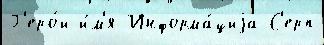
Г'еро́и и́м'я Информа́циjа С'ерп